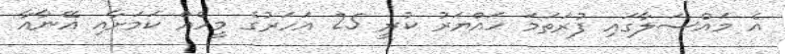
އެ މައްސަލާގައި ފުރަތަމަ ހައްޔަރު ކުރީ 25 އަހަރުގެ މީހެއް ކަމަށާއި އޭނާއާ